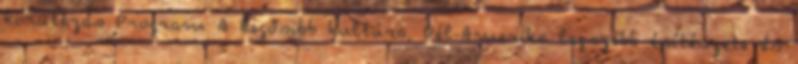
körutazás Program A legősibb kultúra, Dél-Amerika legszebb építészete és